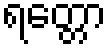
ရတ္တော